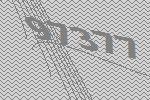
97377